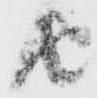
由